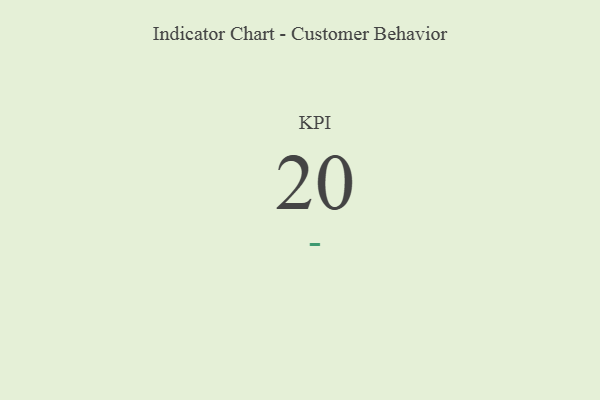
{"axis": {"x": "KPI", "y": "Value"}, "legend": [""], "data": [{"x": "KPI", "y": 20, "type": ""}]}